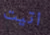
اتيت